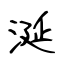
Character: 涎